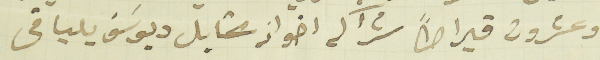
وعشرون قيراطاً شراكه اخوانه مخايل ويوسَف بالباقى